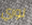
لوري